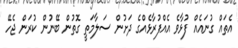
އެތައް ގުނައެއް ފުޅާވެ އެއްފުރާޅެއްގެ ދަށުން ސަލާމަތީ ގޮތުން ބޭނުން ކުރަން ޖެހޭ